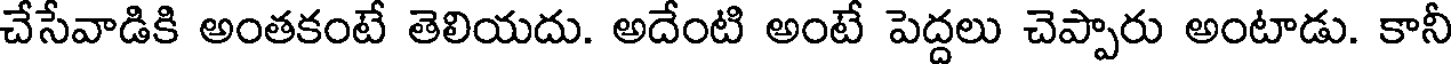
చేసేవాడికి అంతకంటే తెలియదు. అదేంటి అంటే పెద్దలు చెప్పారు అంటాడు. కానీ